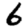
Digit: 6